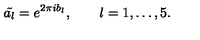
\tilde { a _ { l } } = e ^ { 2 \pi i b _ { l } } , \qquad l = 1 , \ldots , 5 .